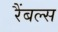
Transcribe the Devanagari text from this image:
रैंबल्स